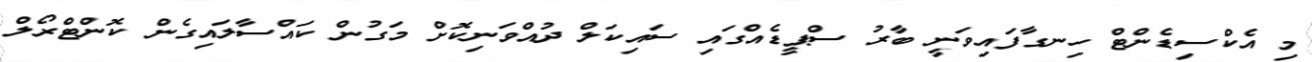
މި އެކްސިޑެންޓް ހިނގާފައިވަނީ ބާރު ސްޕީޑެއްގައި ސައިކަލް ދުއްވަނިކޮށް މަގުން ކައްސާލައިގެން ކޮންޓްރޯލް